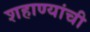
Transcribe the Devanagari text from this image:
शहाण्यांची